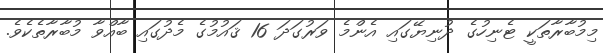
މިމުބާރާތަކީ ޓެނިހުގެ ދުނިޔޭގައި އެންމެ ވަރުގަދަ 16 ޤައުމުގެ މެދުގައި ބާއްވާ މުބާރާތެކެވެ.